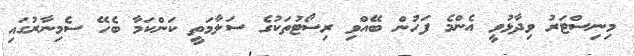
މިނިސްޓަރު ވިދާޅުވީ އެންމެ ފަހުން ބޭއްވި ރިސޯޓުތަކުގެ ސަލާމަތީ ކަންކަމާ ބެހޭ ސެމިނާރުގައި